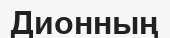
Дионның